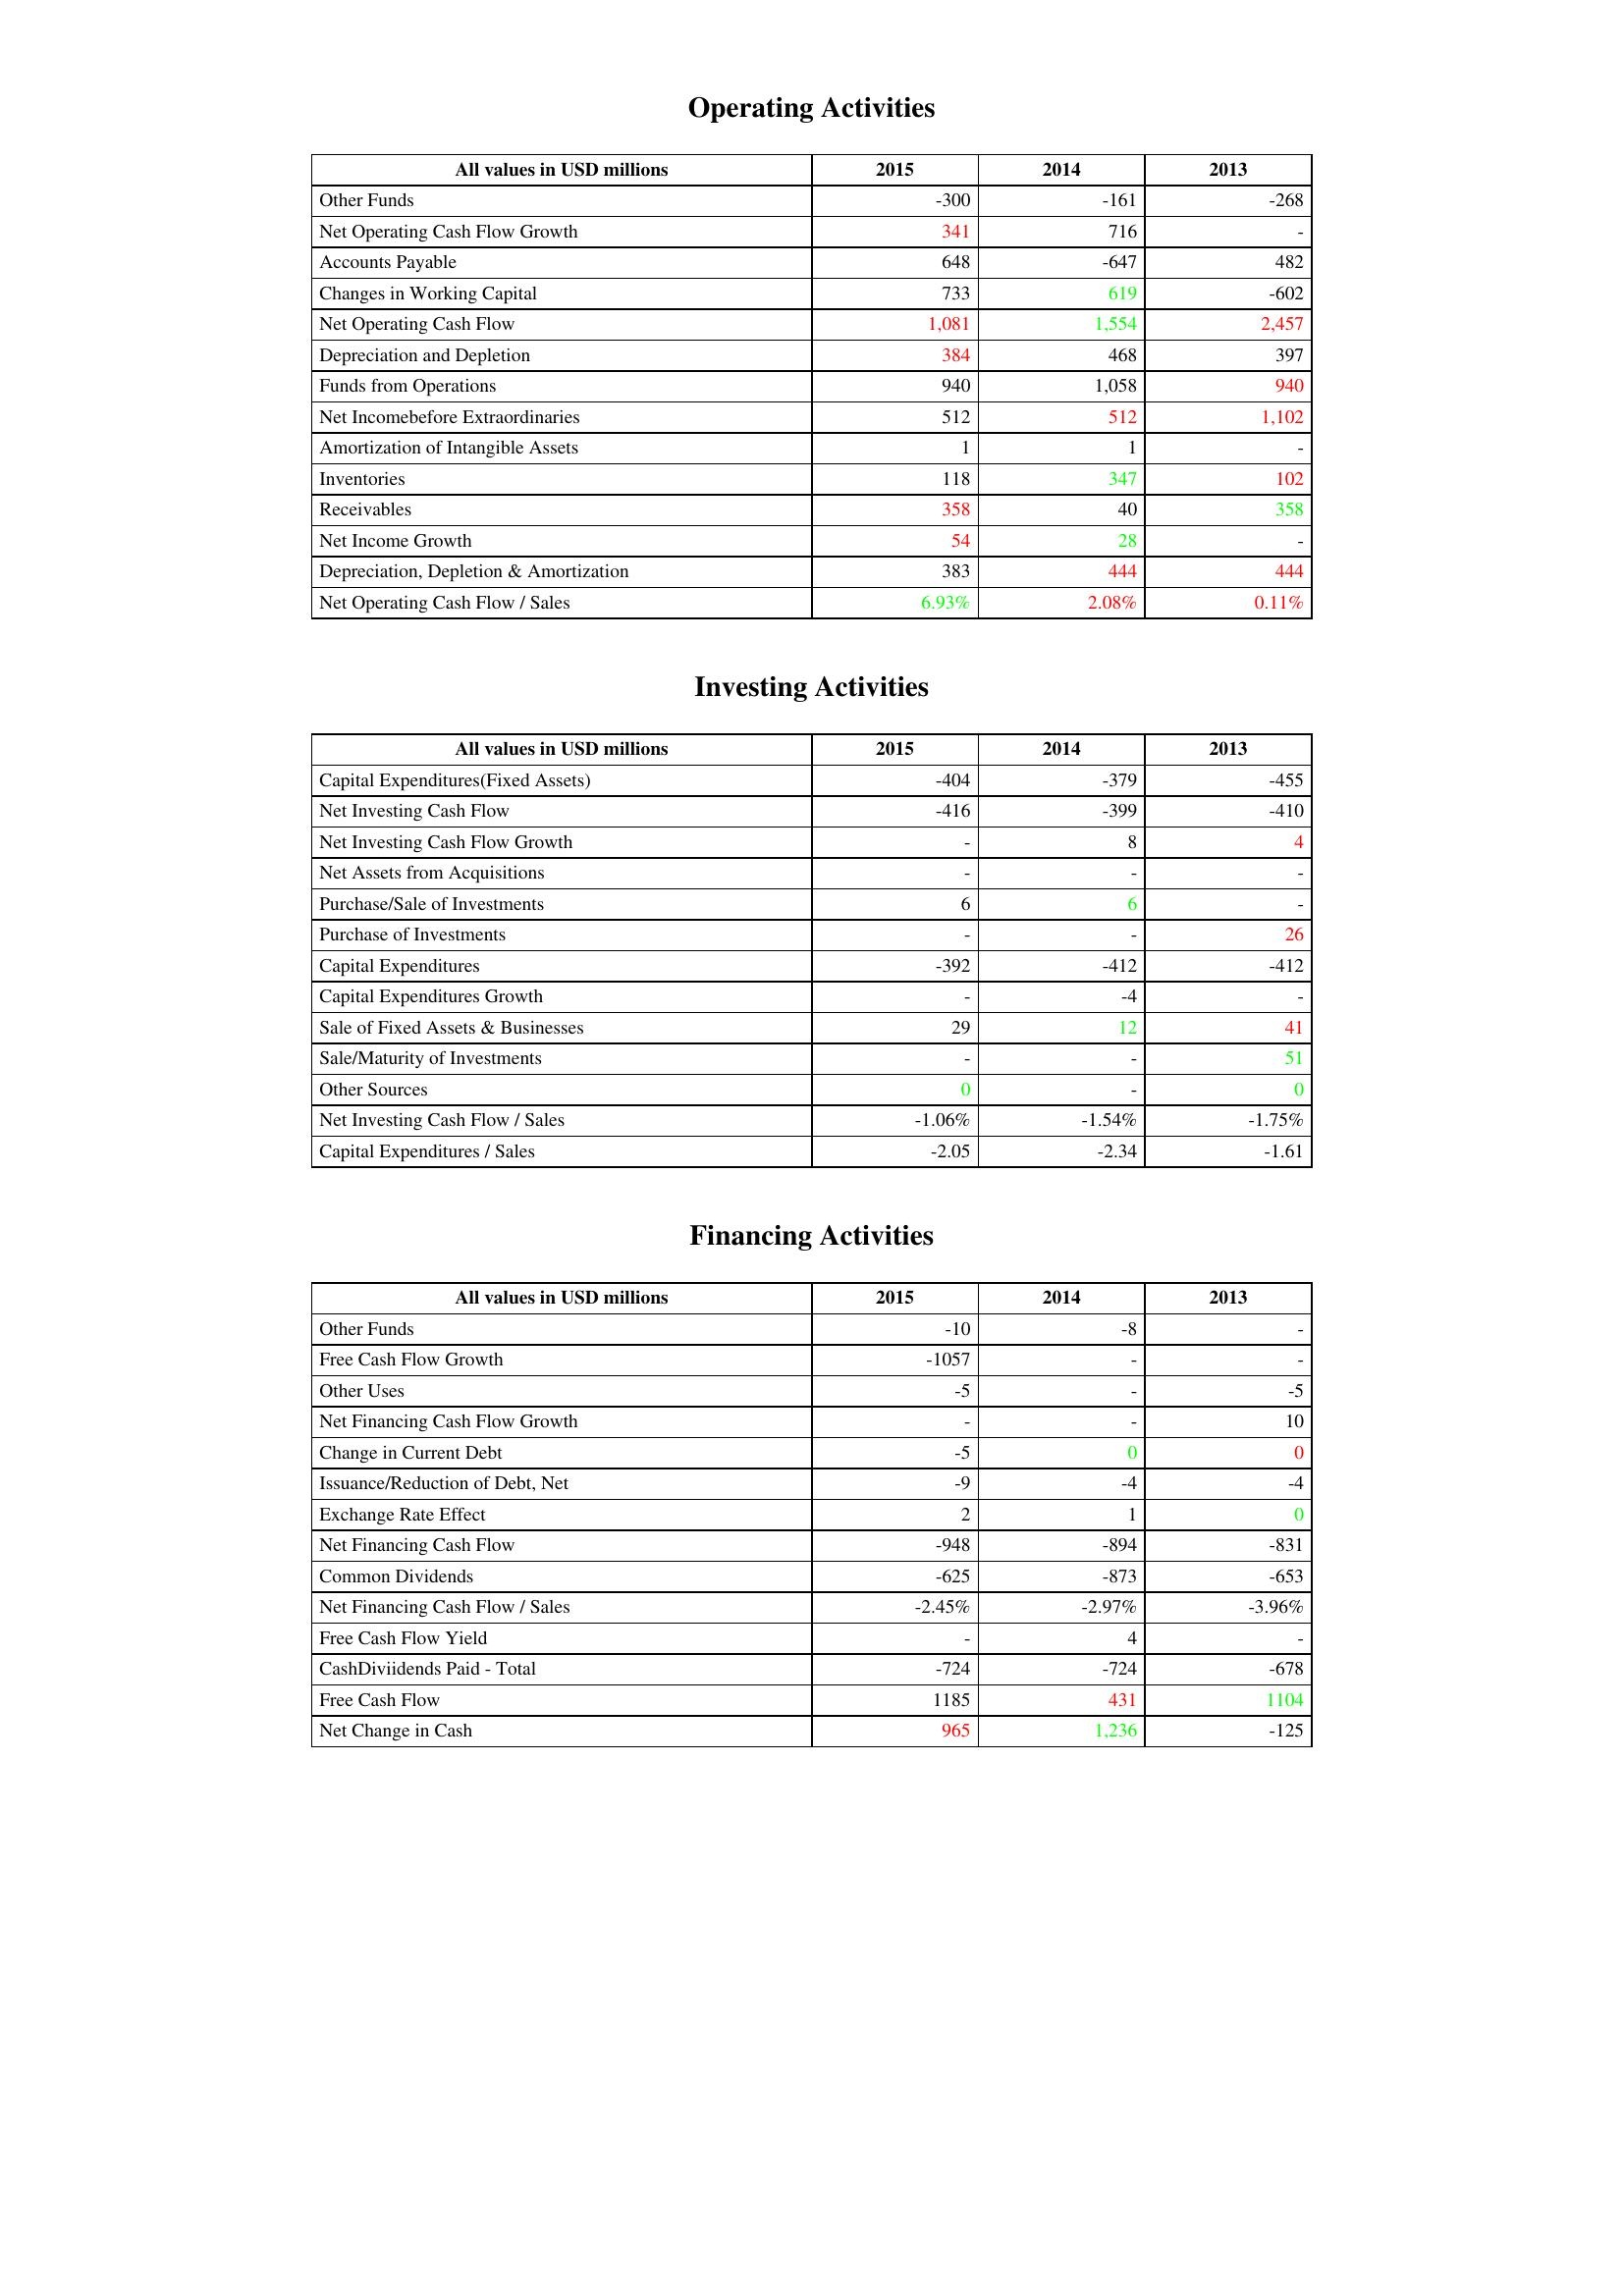
gt_parse: 2015: Operating Activities: Other Funds: -300
Net Operating Cash Flow Growth: 341
Accounts Payable: 648
Changes in Working Capital: 733
Net Operating Cash Flow: 1,081
Depreciation and Depletion: 384
Funds from Operations: 940
Net Incomebefore Extraordinaries: 512
Amortization of Intangible Assets: 1
Inventories: 118
Receivables: 358
Net Income Growth: 54
Depreciation, Depletion & Amortization: 383
Net Operating Cash Flow / Sales: 6.93%
Investing Activities: Capital Expenditures(Fixed Assets): -404
Net Investing Cash Flow: -416
Net Investing Cash Flow Growth: -
Net Assets from Acquisitions: -
Purchase/Sale of Investments: 6
Purchase of Investments: -
Capital Expenditures: -392
Capital Expenditures Growth: -
Sale of Fixed Assets & Businesses: 29
Sale/Maturity of Investments: -
Other Sources: 0
Net Investing Cash Flow / Sales: -1.06%
Capital Expenditures / Sales: -2.05
Financing Activities: Other Funds: -10
Free Cash Flow Growth: -1057
Other Uses: -5
Net Financing Cash Flow Growth: -
Change in Current Debt: -5
Issuance/Reduction of Debt, Net: -9
Exchange Rate Effect: 2
Net Financing Cash Flow: -948
Common Dividends: -625
Net Financing Cash Flow / Sales: -2.45%
Free Cash Flow Yield: -
CashDiviidends Paid - Total: -724
Free Cash Flow: 1185
Net Change in Cash: 965
2014: Operating Activities: Other Funds: -161
Net Operating Cash Flow Growth: 716
Accounts Payable: -647
Changes in Working Capital: 619
Net Operating Cash Flow: 1,554
Depreciation and Depletion: 468
Funds from Operations: 1,058
Net Incomebefore Extraordinaries: 512
Amortization of Intangible Assets: 1
Inventories: 347
Receivables: 40
Net Income Growth: 28
Depreciation, Depletion & Amortization: 444
Net Operating Cash Flow / Sales: 2.08%
Investing Activities: Capital Expenditures(Fixed Assets): -379
Net Investing Cash Flow: -399
Net Investing Cash Flow Growth: 8
Net Assets from Acquisitions: -
Purchase/Sale of Investments: 6
Purchase of Investments: -
Capital Expenditures: -412
Capital Expenditures Growth: -4
Sale of Fixed Assets & Businesses: 12
Sale/Maturity of Investments: -
Other Sources: -
Net Investing Cash Flow / Sales: -1.54%
Capital Expenditures / Sales: -2.34
Financing Activities: Other Funds: -8
Free Cash Flow Growth: -
Other Uses: -
Net Financing Cash Flow Growth: -
Change in Current Debt: 0
Issuance/Reduction of Debt, Net: -4
Exchange Rate Effect: 1
Net Financing Cash Flow: -894
Common Dividends: -873
Net Financing Cash Flow / Sales: -2.97%
Free Cash Flow Yield: 4
CashDiviidends Paid - Total: -724
Free Cash Flow: 431
Net Change in Cash: 1,236
2013: Operating Activities: Other Funds: -268
Net Operating Cash Flow Growth: -
Accounts Payable: 482
Changes in Working Capital: -602
Net Operating Cash Flow: 2,457
Depreciation and Depletion: 397
Funds from Operations: 940
Net Incomebefore Extraordinaries: 1,102
Amortization of Intangible Assets: -
Inventories: 102
Receivables: 358
Net Income Growth: -
Depreciation, Depletion & Amortization: 444
Net Operating Cash Flow / Sales: 0.11%
Investing Activities: Capital Expenditures(Fixed Assets): -455
Net Investing Cash Flow: -410
Net Investing Cash Flow Growth: 4
Net Assets from Acquisitions: -
Purchase/Sale of Investments: -
Purchase of Investments: 26
Capital Expenditures: -412
Capital Expenditures Growth: -
Sale of Fixed Assets & Businesses: 41
Sale/Maturity of Investments: 51
Other Sources: 0
Net Investing Cash Flow / Sales: -1.75%
Capital Expenditures / Sales: -1.61
Financing Activities: Other Funds: -
Free Cash Flow Growth: -
Other Uses: -5
Net Financing Cash Flow Growth: 10
Change in Current Debt: 0
Issuance/Reduction of Debt, Net: -4
Exchange Rate Effect: 0
Net Financing Cash Flow: -831
Common Dividends: -653
Net Financing Cash Flow / Sales: -3.96%
Free Cash Flow Yield: -
CashDiviidends Paid - Total: -678
Free Cash Flow: 1104
Net Change in Cash: -125